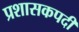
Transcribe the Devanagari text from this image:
प्रशासकपदी